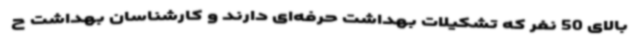
بالای 50 نفر که تشکیلات بهداشت حرفه‌ای دارند و کارشناسان بهداشت ح